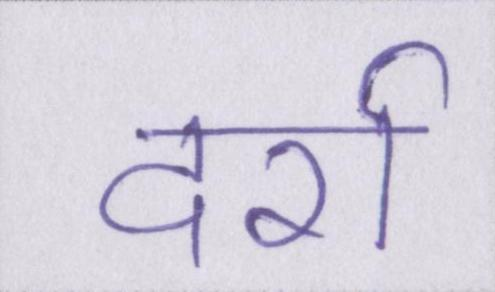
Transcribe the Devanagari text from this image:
दर्रा